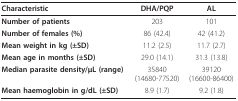
| Characteristic | DHA/PQP | AL |
 | --- | --- | --- |
 | Number of patients | 203 | 101 |
 | Number of females (%) | 86 (42.4) | 42 (41.2) |
 | Mean weight in kg (±SD) | 11.2 (2.5) | 11.7 (2.7) |
 | Mean age in months (±SD) | 29.0 (14.1) | 31.3 (13.8) |
 | Median parasite density/μL (range) | 35840 (14680-77520) | 39120 (16600-86400) |
 | Mean haemoglobin in g/dL (±SD) | 8.9 (1.7) | 9.2 (1.8) |